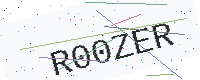
Text: R00ZER